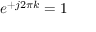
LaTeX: e ^ { + j 2 \pi k } = 1